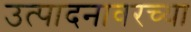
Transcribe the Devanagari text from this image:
उत्पादनावरच्या